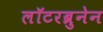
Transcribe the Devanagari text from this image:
लॉटरब्रुनेन